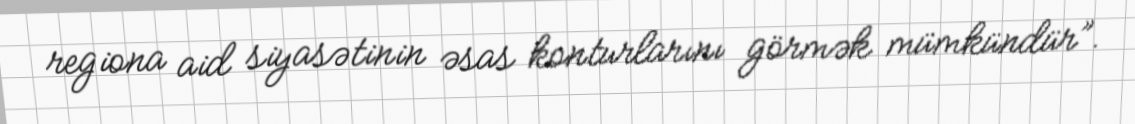
regiona aid siyasətinin əsas konturlarını görmək mümkündür”.